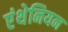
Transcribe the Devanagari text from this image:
एंथेनियन